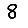
Digit: 8